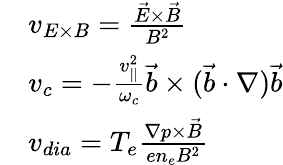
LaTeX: \begin{array}{rl}&{{v}_{E\times B}=\frac{\vec{E}\times\vec{B}}{B^{2}}}\\ &{{v}_{c}=-\frac{v_{||}^{2}}{\omega_{c}}\vec{b}\times(\vec{b}\cdot\nabla)\vec{b}}\\ &{{v}_{dia}=T_{e}\frac{\nabla p\times\vec{B}}{en_{e}B^{2}}}\end{array}